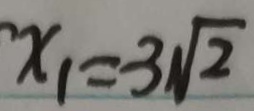
x _ { 1 } = 3 \sqrt { 2 }